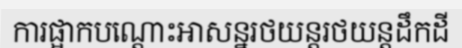
ការផ្អាកបណ្តោះអាសន្នរថយន្តរថយន្តដឹកដី